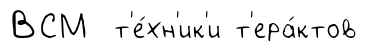
ВСМ т'е́хн'ик'и т'ера́ктов